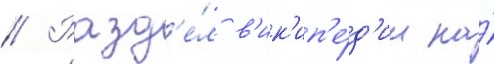
// Разд'е́л в'ик'ип'е́д'ии на́